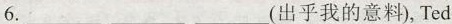
6.___ ___ ___(出乎我的意料), Ted